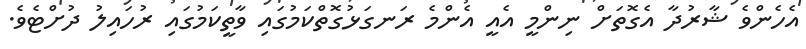
އެހެންވެ ޝާރުދާ އެގޮތަށް ނިންމީ އެއީ އެންމެ ރަނގަޅުގޮތްކަމުގައި ވާތީކަމުގައި ރުހައިލު ދުށްޓެވެ.